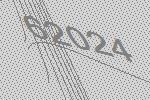
62024